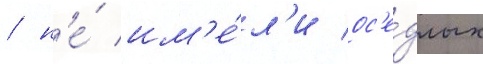
/ н'е́ им'е́л'и ос'е́длых